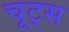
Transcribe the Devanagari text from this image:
चूट्स